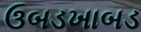
ઉબડખાબડ